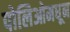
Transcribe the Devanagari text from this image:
पोलिओमधून